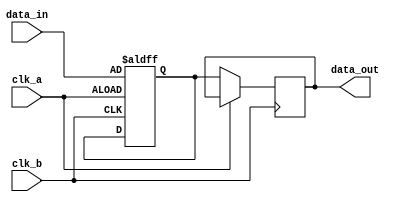
module multi_channel_synchronizer (
    input wire clk_a,
    input wire clk_b,
    input wire [7:0] data_in,
    output wire [7:0] data_out
);

reg [7:0] data_synced;

always @(posedge clk_a or posedge clk_b) begin
    if (clk_a) begin
        // Data synchronization from clk_a domain to clk_b domain
        // Add synchronization logic here
        data_synced <= data_in;
    end else if (clk_b) begin
        // Data synchronization from clk_b domain to clk_a domain
        // Add synchronization logic here
        data_out <= data_synced;
    end
end

endmodule